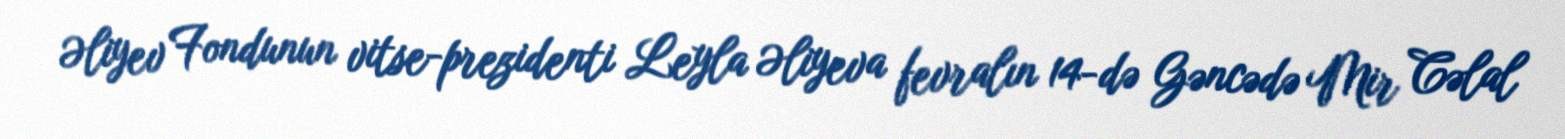
Əliyev Fondunun vitse-prezidenti Leyla Əliyeva fevralın 14-də Gəncədə Mir Cəlal